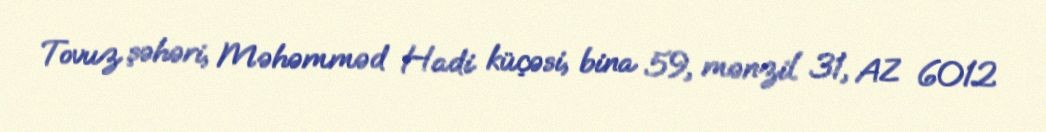
Tovuz şəhəri, Məhəmməd Hadi küçəsi, bina 59, mənzil 31, AZ 6012